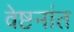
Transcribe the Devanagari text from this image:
वेष्टनांत